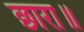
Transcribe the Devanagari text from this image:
छारा॥